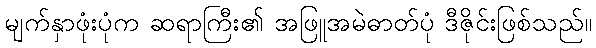
မျက်နှာဖုံးပုံက ဆရာကြီး၏ အဖြူအမဲဓာတ်ပုံ ဒီဇိုင်းဖြစ်သည်။